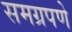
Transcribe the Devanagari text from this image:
समग्रपणे